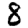
Digit: 8